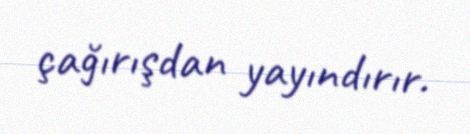
çağırışdan yayındırır.